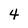
Character: 4